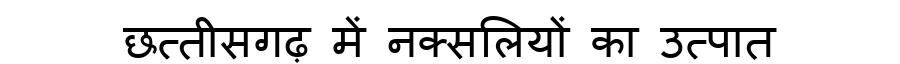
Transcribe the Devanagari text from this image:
छत्तीसगढ़ में नक्सलियों का उत्पात